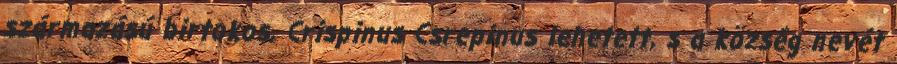
származású birtokos, Crispinus Csrepinus lehetett, s a község nevét